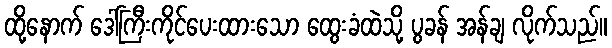
ထို့နောက် ဒေါ်ကြီးကိုင်ပေးထားသော ထွေးခံထဲသို့ ပွခန် အန်ချ လိုက်သည်။